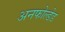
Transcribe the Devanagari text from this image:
अनफोल्डेड